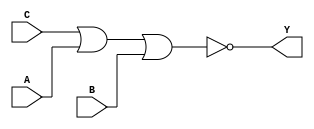
module sky130_fd_sc_hd__nor3_6 (
    Y,
    A,
    B,
    C
);
    output Y;
    input  A;
    input  B;
    input  C;
    wire nor0_out_Y;
    nor nor0 (nor0_out_Y, C, A, B        );
    buf buf0 (Y         , nor0_out_Y     );
endmodule